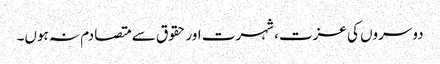
دوسروں کی عزت، شہرت اور حقوق سے متصادم نہ ہوں۔